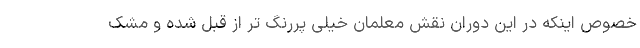
خصوص اینکه در این دوران نقش معلمان خیلی پررنگ تر از قبل شده و مشک